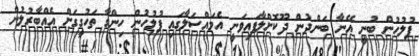
ފުލުހުން ބުނީ އޭނާ ބަންދުން ދޫކޮށްލާފައިވަނީ އެމައްސަލާގައި ފުލުހުން ހިންގާ ތަހުގީގަށް އެއްބާރުލުން